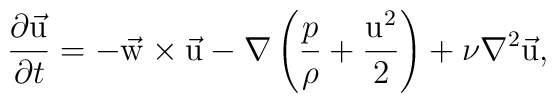
{\partial \vec {\rm u} \over{\partial t}} = - \vec {\rm w} \times \vec {\rm u} - \nabla \left({p\over \rho} + {{\rm u}^2\over 2}\right) + \nu \nabla^2 \vec {\rm u},